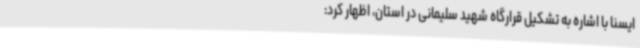
ایسنا با اشاره به تشکیل قرارگاه شهید سلیمانی در استان، اظهار کرد: